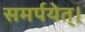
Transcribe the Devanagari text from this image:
समर्पयेत्।